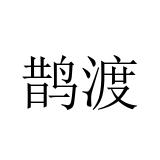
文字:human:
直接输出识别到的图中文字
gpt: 鹊渡